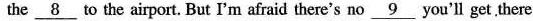
the \underline{8} to the airport. But I'm afraid there's no\underline{9} you'll get there